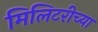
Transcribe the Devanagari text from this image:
मिलिटरीच्या